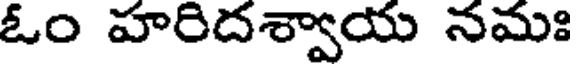
ఓం హరిదశ్వాయ నమః